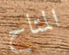
المتاح